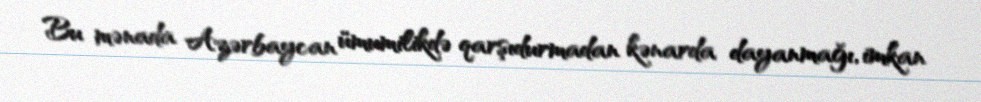
Bu mənada Azərbaycan ümumilikdə qarşıdurmadan kənarda dayanmağı, imkan